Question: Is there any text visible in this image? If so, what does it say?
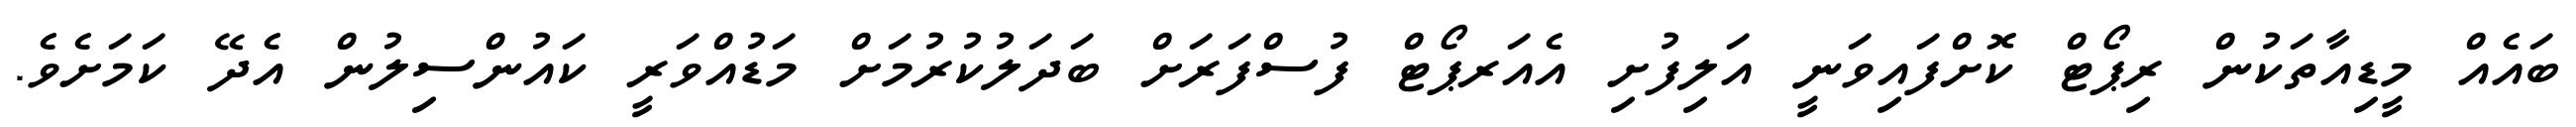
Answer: ބައެއް މީޑިއާތަކުން ރިޕޯޓް ކޮށްފައިވަނީ އަލިފުށި އެއަރޕޯޓް ފުސްފަރަށް ބަދަލުކުރުމަށް މަޑުއްވަރީ ކައުންސިލުން އެދޭ ކަމަށެވެ.